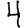
Digit: 4